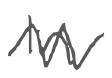
Text: In
Cross-out: zig-zag
Writing tool: digital_gray